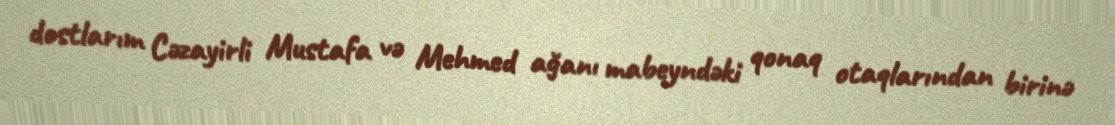
dostlarım Cəzayirli Mustafa və Mehmed ağanı mabeyndəki qonaq otaqlarından birinə